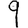
Digit: 9